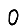
Digit: 0